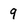
Character: 9